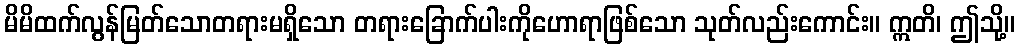
မိမိထက်လွန်မြတ်သောတရားမရှိသော တရားခြောက်ပါးကိုဟောရာဖြစ်သော သုတ်လည်းကောင်း။ ဣတိ၊ ဤသို့။